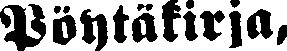
Pöytäkirja,